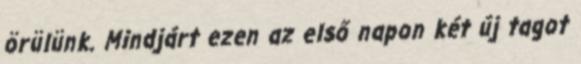
örülünk. Mindjárt ezen az első napon két új tagot